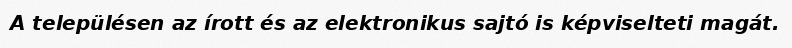
A településen az írott és az elektronikus sajtó is képviselteti magát.